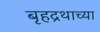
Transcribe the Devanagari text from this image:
बृहद्रथाच्या